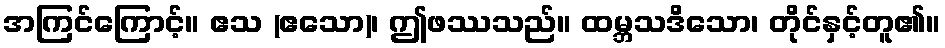
အကြင်ကြောင့်။ ဧသ (ဧသော)၊ ဤဖဿသည်။ ထမ္ဘသဒိသော၊ တိုင်နှင့်တူ၏။